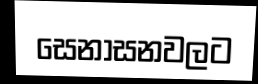
සෙනාසනවලට